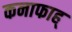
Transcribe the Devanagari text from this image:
कनाफाह्